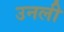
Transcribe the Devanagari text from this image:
उनली